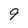
Character: 9